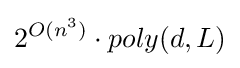
2^{O(n^{3})}\cdot poly(d,L)